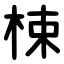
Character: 梀